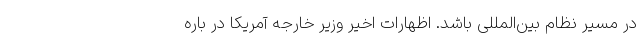
در مسیر نظام بین‌المللی باشد. اظهارات اخیر وزیر خارجه آمریکا در باره